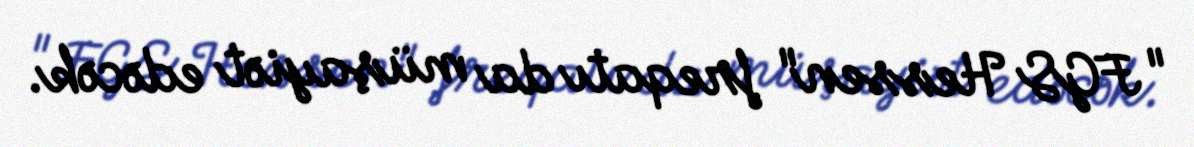
"FGS Hessen" freqatı da müşayiət edəcək.